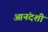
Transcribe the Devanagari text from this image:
आनंदशी